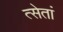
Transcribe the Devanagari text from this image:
त्सेतां